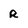
Character: R